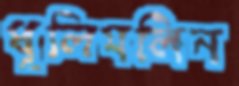
ধূলিমলিন